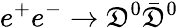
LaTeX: e^{+}e^{-}\to\mathfrak{D}^{0}\bar{{\mathfrak{D}}}^{0}